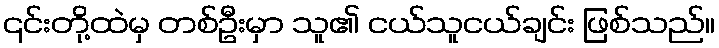
၎င်းတို့ထဲမှ တစ်ဦးမှာ သူ၏ ငယ်သူငယ်ချင်း ဖြစ်သည်။